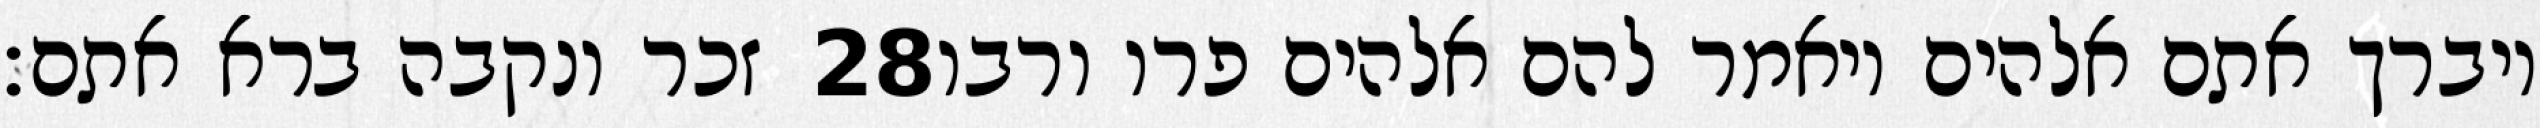
זכר ונקבה ברא אתם׃ ‎28‏ ויברך אתם אלהים ויאמר להם אלהים פרו ורבו